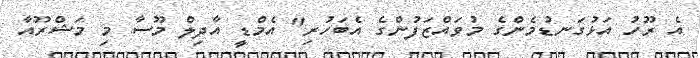
އެ ރޫހު އަޅުގަނޑުމެންގެ މުވައްޒަފުންގެ އެބަހުރި" އެމްޑީ އާދިލް މޫސާ މި މަޝްރޫއާ